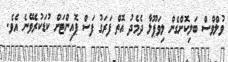
ވުލްވްސް ބަލިކޮށްގެން ލިވަޕޫލާ ދެމެދު އޮތް ފަރަގު ފަސް ޕޮއިންޓަށް ކުޑަކުރެވޭނެ އެވެ.